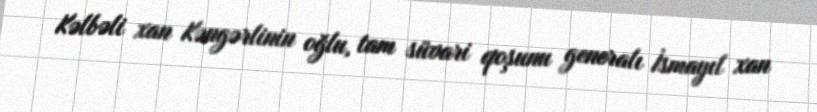
Kəlbəli xan Kəngərlinin oğlu, tam süvari qoşunu generalı İsmayıl xan